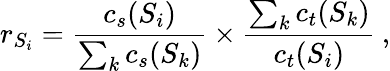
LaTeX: r_{S_{i}}=\frac{c_{s}(S_{i})}{\sum_{k}c_{s}(S_{k})}\times\frac{\sum_{k}c_{t}(S_{k})}{c_{t}(S_{i})}\: ,